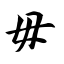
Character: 毋